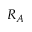
R _ { A }